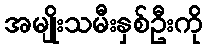
အမျိုးသမီးနှစ်ဦးကို